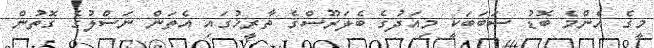
މީގެ އެންމެ ބޮޑު ސަބަބަކީ މިއަދުގެ ބެލަރޫސްގެ ތާރީޚުގައި އެތަން ނަސްލުގެ ގޮތުން